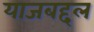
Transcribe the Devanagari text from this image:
याजबद्दल